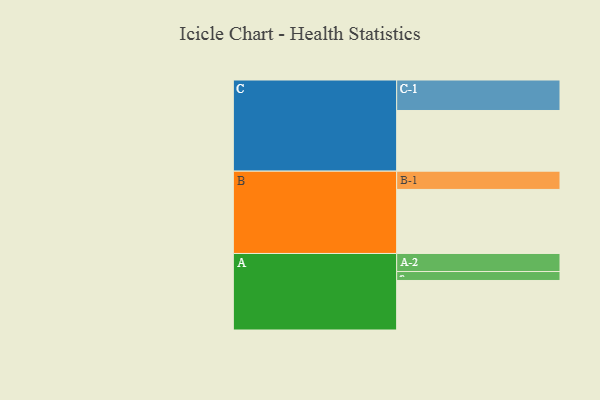
{"axis": {"x": "Segment", "y": "Value"}, "legend": ["", "A", "B", "C"], "data": [{"x": "A", "y": 453, "type": ""}, {"x": "B", "y": 586, "type": ""}, {"x": "C", "y": 555, "type": ""}, {"x": "A-1", "y": 82, "type": "A"}, {"x": "A-2", "y": 165, "type": "A"}, {"x": "B-1", "y": 167, "type": "B"}, {"x": "C-1", "y": 279, "type": "C"}]}